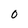
Character: 0